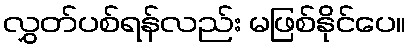
လွှတ်ပစ်ရန်လည်း မဖြစ်နိုင်ပေ။